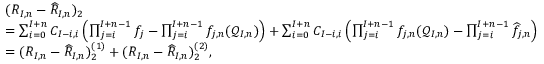
\begin{array} { r l } & { ( R _ { I , n } - \widehat { R } _ { I , n } ) _ { 2 } } \\ & { = \sum _ { i = 0 } ^ { I + n } C _ { I - i , i } \left( \prod _ { j = i } ^ { I + n - 1 } f _ { j } - \prod _ { j = i } ^ { I + n - 1 } f _ { j , n } ( \mathcal { Q } _ { I , n } ) \right) + \sum _ { i = 0 } ^ { I + n } C _ { I - i , i } \left( \prod _ { j = i } ^ { I + n - 1 } f _ { j , n } ( \mathcal { Q } _ { I , n } ) - \prod _ { j = i } ^ { I + n - 1 } \widehat { f } _ { j , n } \right) } \\ & { = ( R _ { I , n } - \widehat { R } _ { I , n } ) _ { 2 } ^ { ( 1 ) } + ( R _ { I , n } - \widehat { R } _ { I , n } ) _ { 2 } ^ { ( 2 ) } , } \end{array}